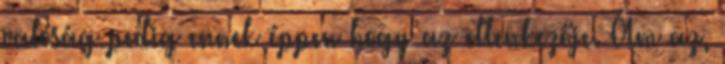
valóság pedig ennek éppen hogy az ellenkezője. Ám az,